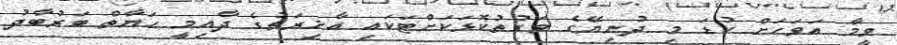
ވީމާ އަވަހަށް ކުޑަ މި ދުނިޔޭގެ ވަގުތުކޮޅަކަށްޓަކައި އާޚިރަތުގެ ދާއިމީ ޙަޔާތް ބަރުބާދު